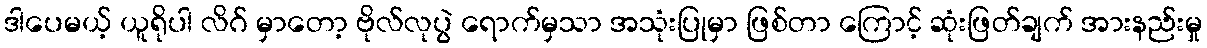
ဒါပေမယ့် ယူရိုပါ လိဂ် မှာတော့ ဗိုလ်လုပွဲ ရောက်မှသာ အသုံးပြုမှာ ဖြစ်တာ ကြောင့် ဆုံးဖြတ်ချက် အားနည်းမှု